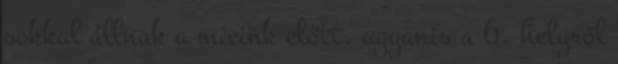
sokkal állnak a mieink előtt, ugyanis a 6. helyről